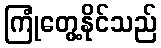
ကြုံတွေ့နိုင်သည်